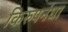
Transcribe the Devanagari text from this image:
किरुपनंधा